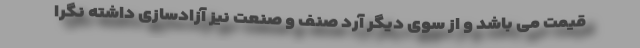
قیمت می باشد و از سوی دیگر آرد صنف و صنعت نیز آزادسازی داشته نگرا